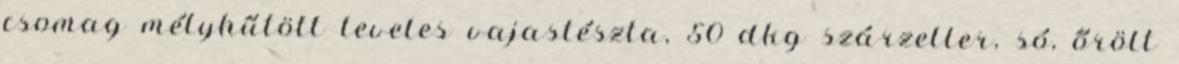
csomag mélyhűtött leveles vajastészta, 50 dkg szárzeller, só, őrölt